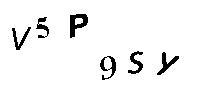
V5P9SY